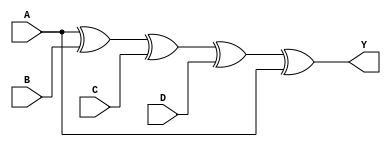
module test (A, B, C, D, Y);
  input A, B, C, D;
  output Y;
  assign Y = A^B^C^D^A;
endmodule